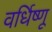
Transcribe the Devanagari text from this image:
वर्धिष्णू